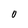
Character: 0